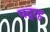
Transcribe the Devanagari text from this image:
पद्रह